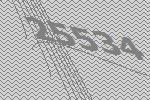
25534